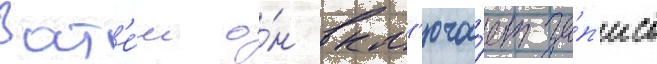
Зат'е́м о́н вкл'юча́ет за́п'ись